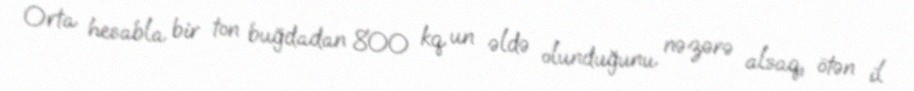
Orta hesabla bir ton buğdadan 800 kq un əldə olunduğunu nəzərə alsaq, ötən il